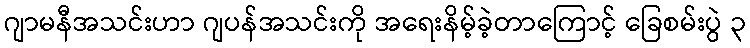
ဂျာမနီအသင်းဟာ ဂျပန်အသင်းကို အရေးနိမ့်ခဲ့တာကြောင့် ခြေစမ်းပွဲ ၃